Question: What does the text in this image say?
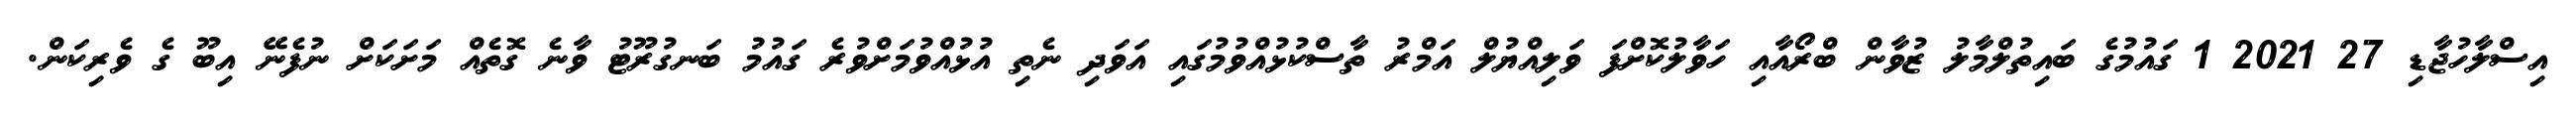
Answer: އިސްލާހުޖާޑި 27 2021 1 ގައުމުގެ ބައިތުލްމާލު ޒުވާން ބްރޯއާއި ހަވާލުކޮށްފަ ވަލިއްޔުލް އަމްރު ތާސްކުޅުއްވުމުގައި އަވަދި ނެތި އުޅުއްވުމަށްވުރެ ގައުމު ބަނގުރޫޓު ވާނެ ގޮތެއް މަށަކަށް ނުފެނޭ އިބޫ ގެ ވެރިކަން.